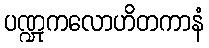
ပဏ္ဍုကလောဟိတကာနံ